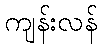
ကျန်းလန်